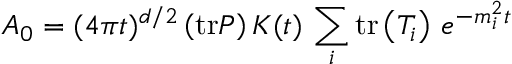
A _ { 0 } = ( 4 \pi t ) ^ { d / 2 } \left( \mathrm { t r } P \right) K ( t ) \, \sum _ { i } \mathrm { t r } \left( T _ { i } \right) \, e ^ { - m _ { i } ^ { 2 } t }